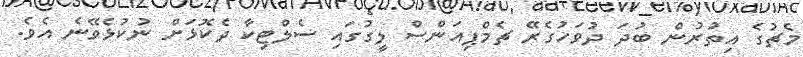
މެޗުގެ އިތުރުން ބުދަ ދުވަހުގެރޭ ޗެމްޕިއަންސް ލީގުގައި ސެލްޓިކާ ދެކޮޅަށް ނުކުޅެވޭނެ އެވެ.